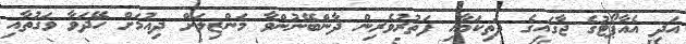
އަދި އެއާޕޯޓުގެ ޖާގައިގެ ދަތިކަމާއި ފަތުރުވެރިން ދާންބޭނުންވާ މަންޒިލަށް ދިއުމަށް ހޭދަވާ ވަގުތާއި